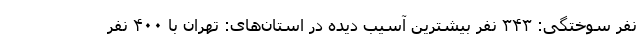
نفر سوختگی: ۳۴۳ نفر بیشترین آسیب دیده در استان‌های: تهران با ۴۰۰ نفر